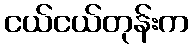
ငယ်ငယ်တုန်းက